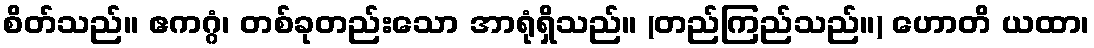
စိတ်သည်။ ဧကဂ္ဂံ၊ တစ်ခုတည်းသော အာရုံရှိသည်။ (တည်ကြည်သည်။) ဟောတိ ယထာ၊